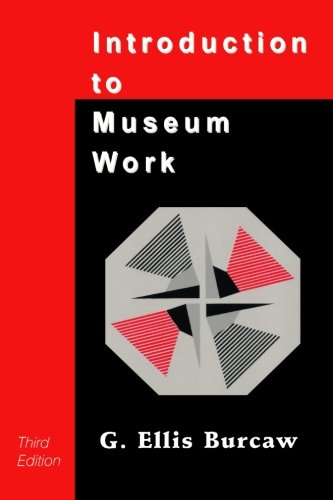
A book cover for Introduction to Museum Work (American Association for State and Local History); G. Ellis Burcaw; Business & Money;